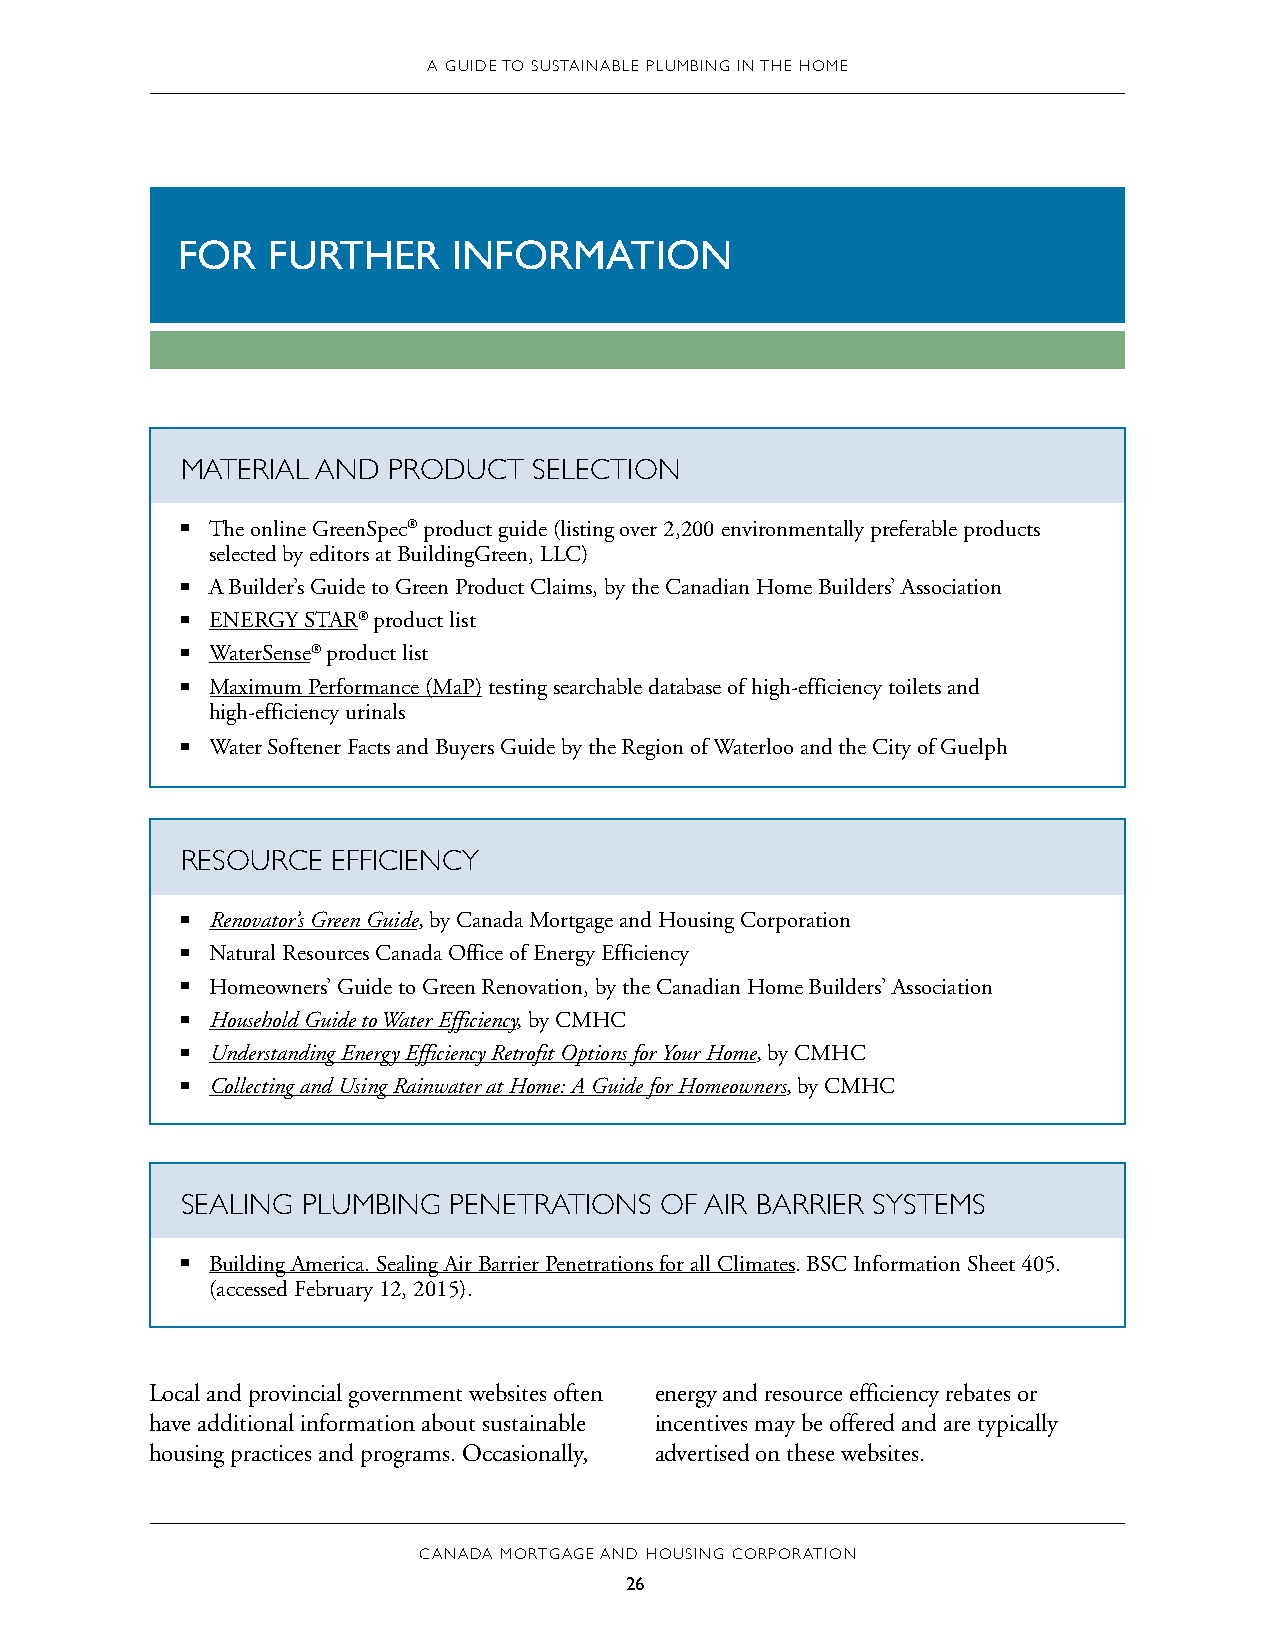
A GUIDE TO SUSTAINABLE PLUMBING IN THE HOME
 FOR   FURTHER     INFORMATION
 MATERIAL AND  PRODUCT  SELECTION
 ■■ The online GreenSpec® product guide (listing over 2,200 environmentally preferable products
 selected by editors at BuildingGreen, LLC)
 ■■ A Builder’s Guide to Green Product Claims, by the Canadian Home Builders’ Association
 ■■ ENERGY STAR® product list
 ■■ WaterSense® product list
 ■■ Maximum Performance (MaP) testing searchable database of high-efficiency toilets and
 high-efficiency urinals
 ■■ Water Softener Facts and Buyers Guide by the Region of Waterloo and the City of Guelph
 RESOURCE  EFFICIENCY
 ■■ Renovator’s Green Guide, by Canada Mortgage and Housing Corporation
 ■■ Natural Resources Canada Office of Energy Efficiency
 ■■ Homeowners’ Guide to Green Renovation, by the Canadian Home Builders’ Association
 ■■ Household Guide to Water Efficiency, by CMHC
 ■■ Understanding Energy Efficiency Retrofit Options for Your Home, by CMHC
 ■■ Collecting and Using Rainwater at Home: A Guide for Homeowners, by CMHC
 SEALING PLUMBING  PENETRATIONS  OF AIR BARRIER SYSTEMS
 ■■ Building America. Sealing Air Barrier Penetrations for all Climates. BSC Information Sheet 405.
 (accessed February 12, 2015).
 Local and provincial government websites often energy and resource efficiency rebates or
 have additional information about sustainable incentives may be offered and are typically
 housing practices and programs. Occasionally, advertised on these websites.
 CANADA MORTGAGE AND HOUSING CORPORATION
 26